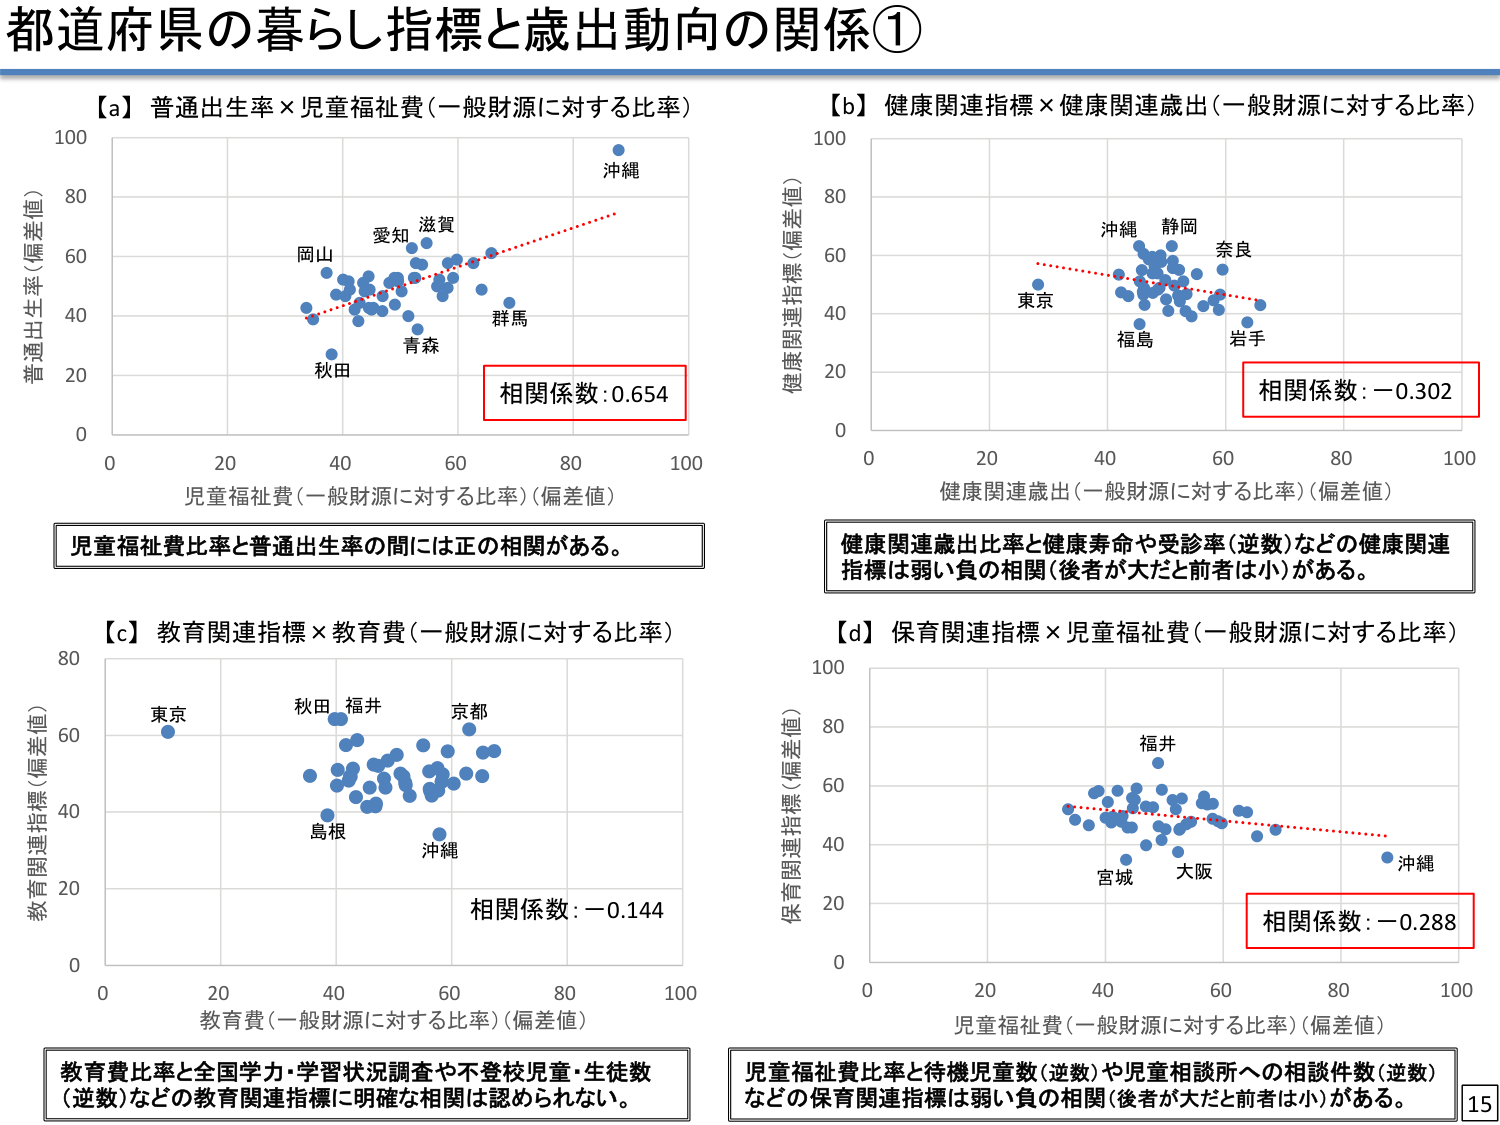
都道府県の暮らし指標と歳出動向の関係①

【a】普通出生率×児童福祉費（一般財源に対する比率）
普通出生率（偏差値）
児童福祉費（一般財源に対する比率）（偏差値）
沖縄
愛知
滋賀
岡山
群馬
青森
秋田
相関係数：0.654
児童福祉費比率と普通出生率の間には正の相関がある。

【b】健康関連指標×健康関連歳出（一般財源に対する比率）
健康関連指標（偏差値）
健康関連歳出（一般財源に対する比率）（偏差値）
沖縄
静岡
奈良
東京
福島
岩手
相関係数：－0.302
健康関連歳出比率と健康寿命や受診率（逆数）などの健康関連指標は弱い負の相関（後者が大だと前者は小）がある。

【c】教育関連指標×教育費（一般財源に対する比率）
教育関連指標（偏差値）
教育費（一般財源に対する比率）（偏差値）
東京
秋田
福井
京都
島根
沖縄
相関係数：－0.144
教育費比率と全国学力・学習状況調査や不登校児童・生徒数（逆数）などの教育関連指標に明確な相関は認められない。

【d】保育関連指標×児童福祉費（一般財源に対する比率）
保育関連指標（偏差値）
児童福祉費（一般財源に対する比率）（偏差値）
福井
宮城
大阪
沖縄
相関係数：－0.288
児童福祉費比率と待機児童数（逆数）や児童相談所への相談件数（逆数）などの保育関連指標は弱い負の相関（後者が大だと前者は小）がある。

15